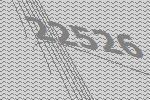
22526